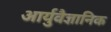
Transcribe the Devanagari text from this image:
आर्युवैज्ञानिक